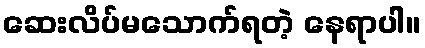
ဆေးလိပ်မသောက်ရတဲ့ နေရာပါ။